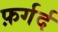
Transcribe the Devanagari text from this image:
फ़र्गर्द